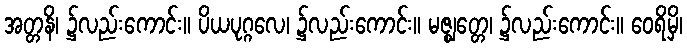
အတ္တနိ၊ ၌လည်းကောင်း။ ပိယပုဂ္ဂလေ၊ ၌လည်းကောင်း။ မဇ္ဈတ္တေ၊ ၌လည်းကောင်း။ ဝေရိမှိ၊